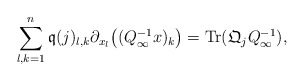
\begin{align*}\sum_{l,k=1}^{n}\mathfrak{q}(j)_{l,k}\partial_{x_l}\big((Q_{\infty}^{-1}x)_k\big)=\textrm{Tr}(\mathfrak{Q}_jQ_{\infty}^{-1}),\end{align*}